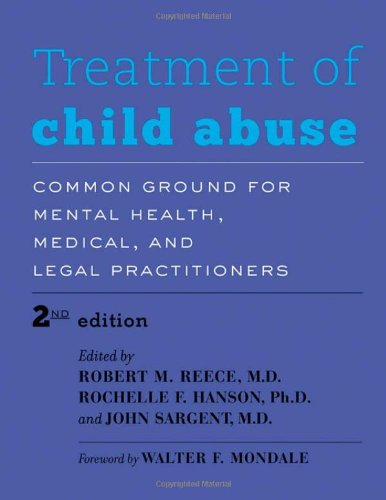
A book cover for Treatment of Child Abuse: Common Ground for Mental Health, Medical, and Legal Practitioners; Law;